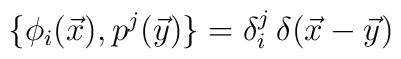
\bigl\{\phi_i(\vec x),p^j(\vec y)\bigr\}=\delta_i^j\,\delta(\vec x-\vec y)